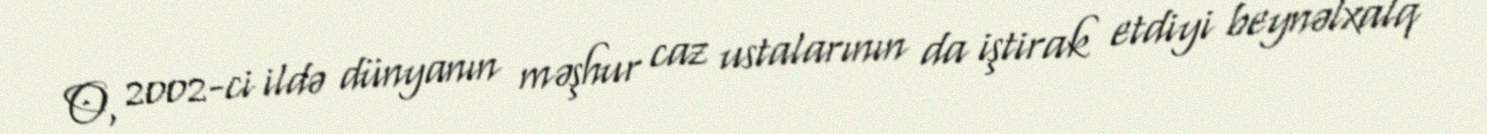
O, 2002-ci ildə dünyanın məşhur caz ustalarının da iştirak etdiyi beynəlxalq